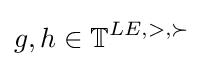
g,h\in \mathbb {T} ^{LE,>,\succ }